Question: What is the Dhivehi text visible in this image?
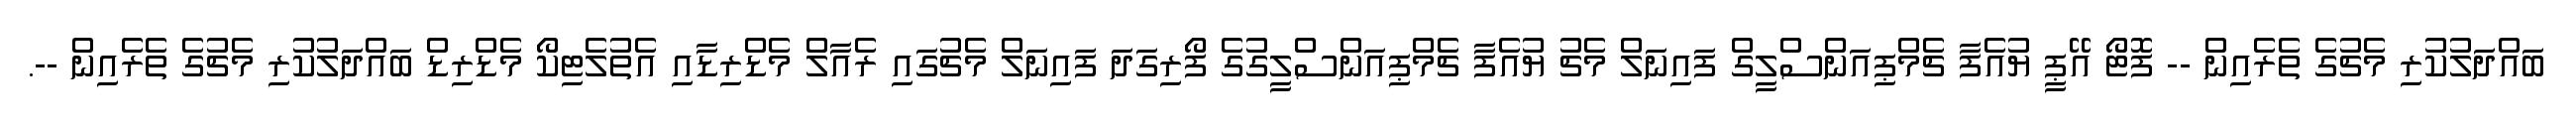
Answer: ބައްދަލުކުރި މެޗުގެ ތެރެއިން -- ފޮޓޯ އޭޕީ ޔުއެފާ ޗެމްޕިއަންސްލީގް ފައިނަލް މެޗު ޔުއެފާ ޗެމްޕިއަންސްލީގުގެ ފޯރިގަދަ ފައިނަލް މެޗުގައި ރެއާލް މެޑްރިޑާއި އެތުލެޓިކޯ މެޑްރިޑް ބައްދަލުކުރި މެޗުގެ ތެރެއިން --.